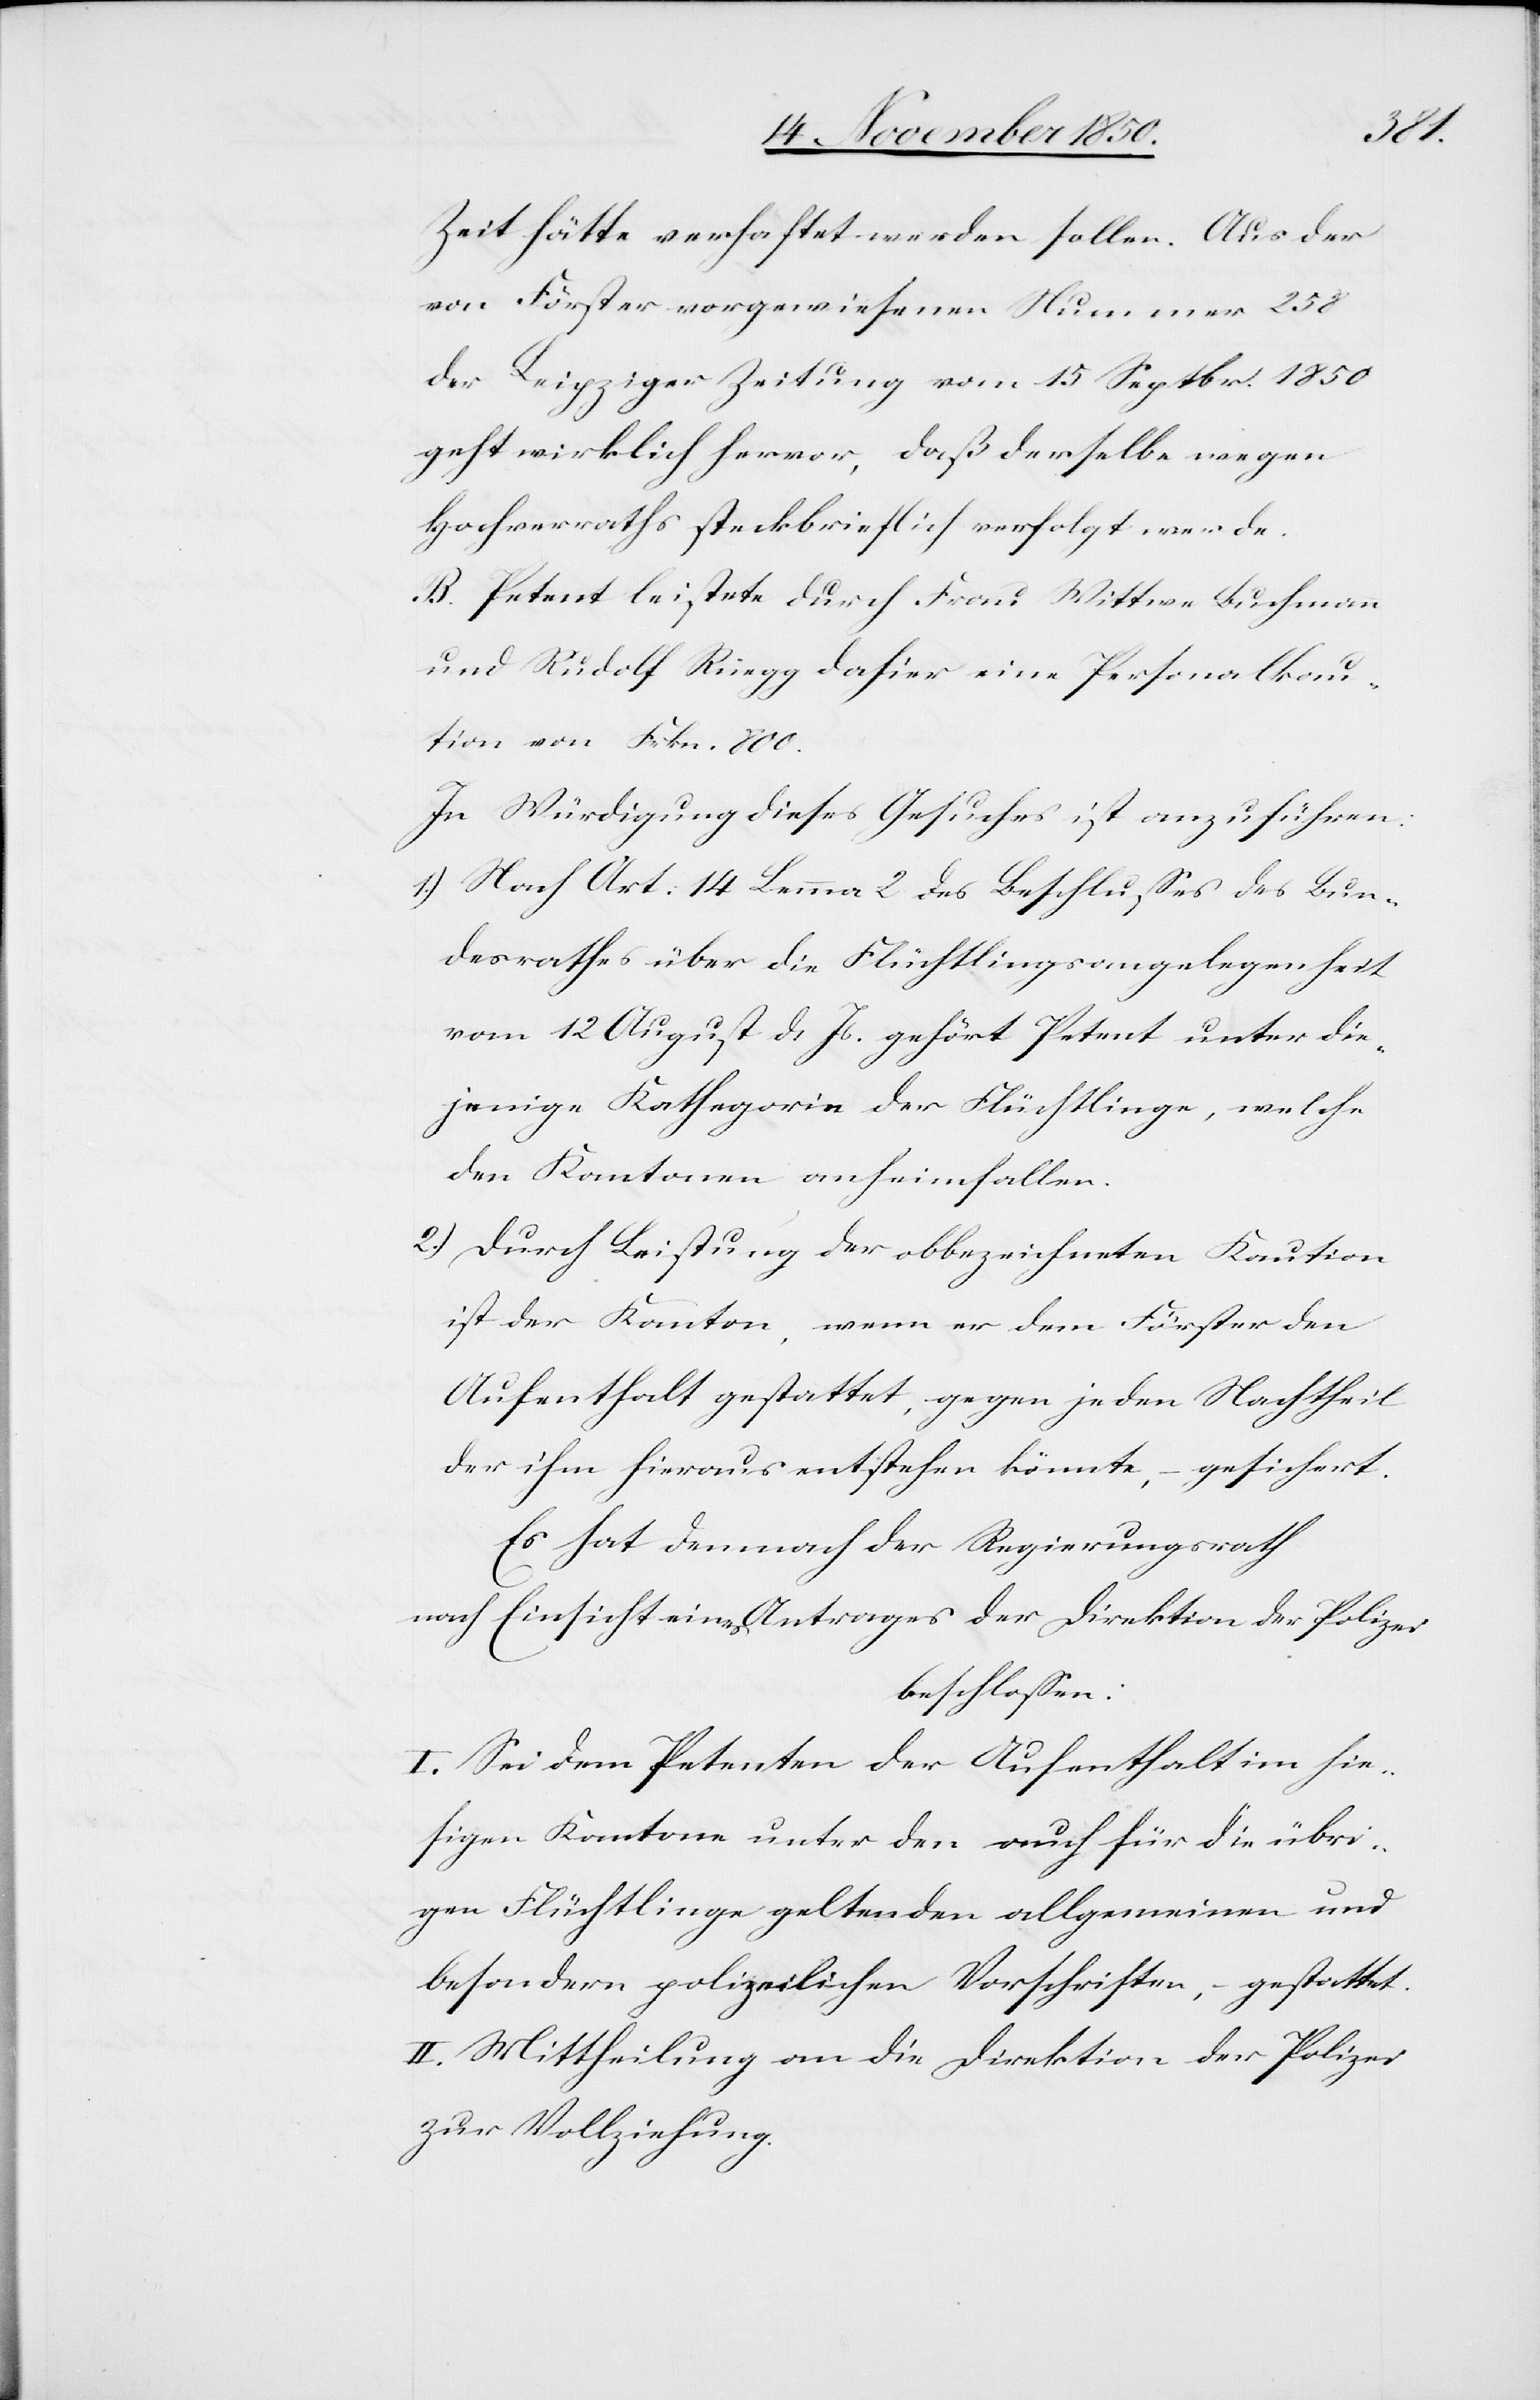
Zeit hätte verhaftet werden sollen. Aus der
von Förster vorgewiesenen Nummer 258
der Leipziger Zeitung vom 15 Septbr. 1850
geht wirklich hervor, daß derselbe wegen
Hochverraths steckbrieflich verfolgt werde.
B. Petent leistete durch Frau Wittwe Buchmann
und Rudolf Rüegg dahier eine Personalkau¬
tion von Frkn. 800.
1.) Nach Art. 14 Lemma 2 des Beschlusses des Bun¬
desrathes über die Flüchtlingsangelegenheit
vom 12 August d. Js. gehört Petent unter die¬
jenige Kathegorie der Flüchtlinge, welche
den Kantonen anheimfallen.
2.) Durch Leistung der obbezeichneten Kaution
ist der Kanton, wenn er dem Förster den
Aufenthalt gestattet, gegen jeden Nachtheil
der ihm hieraus entstehen könnte, gesichert.
Es hat demnach der Regierungsrath
nach Einsicht eines Antrages der Direktion der Polizei
beschlossen:
I. Sei dem Petenten der Aufenthalt im hie¬
sigen Kantone unter den auch für die übri¬
gen Flüchtlinge geltenden Vorschriften, g¬
II. Mittheilung an die Direktion der Polizei
zur Vollziehung.

estattet.